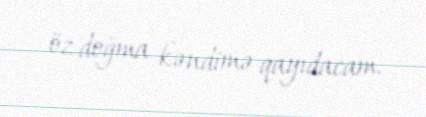
öz doğma kəndimə qayıdacam.